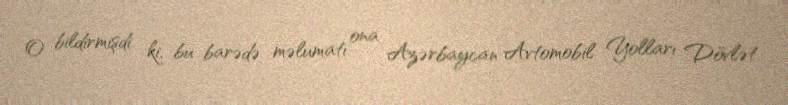
O bildirmişdi ki, bu barədə məlumatı ona Azərbaycan Avtomobil Yolları Dövlət